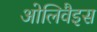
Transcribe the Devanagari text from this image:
ओलिवैइस